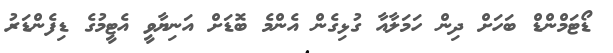
ޑޯޓަމްންޑް ބަހަށް ދިން ހަމަލާއާ ގުޅިގެން އެންމެ ބޮޑަށް އަނިޔާވީ އެޓީމުގެ ޑިފެންޑަރު